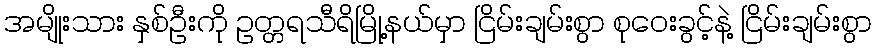
အမျိုးသား နှစ်ဦးကို ဥတ္တရသီရိမြို့နယ်မှာ ငြိမ်းချမ်းစွာ စုဝေးခွင့်နဲ့ ငြိမ်းချမ်းစွာ